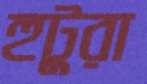
হুটুরা